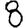
Digit: 8